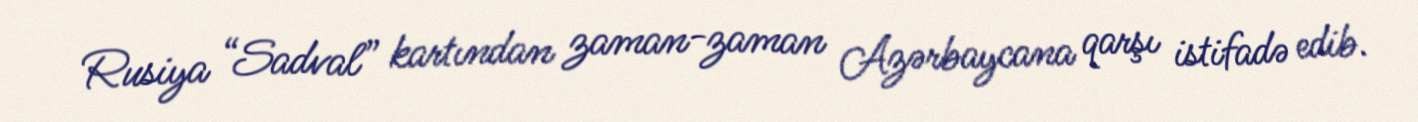
Rusiya “Sadval” kartından zaman-zaman Azərbaycana qarşı istifadə edib.